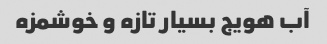
آب هویج بسیار تازه و خوشمزه